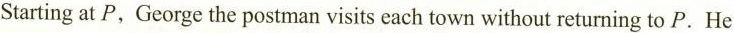
Starting at P, George the postman visits each town without returning to P.He